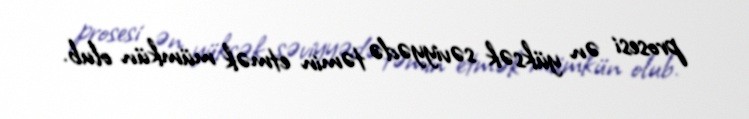
prosesi ən yüksək səviyyədə təmin etmək mümkün olub.